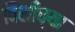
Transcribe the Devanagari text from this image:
विशीच्या